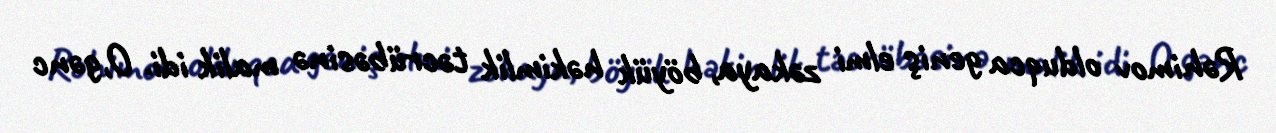
Rəhimov olduqca geniş elmi zəkaya, böyük həkimlik təcrübəsinə malik idi. O,gənc